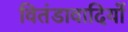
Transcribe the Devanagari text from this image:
वितंडावादियों